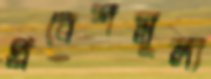
প্রবেশমূল্য